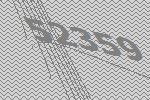
52359